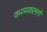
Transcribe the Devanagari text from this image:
करमकल्लों